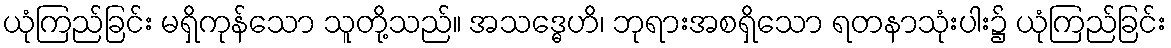
ယုံကြည်ခြင်း မရှိကုန်သော သူတို့သည်။ အသဒ္ဓေဟိ၊ ဘုရားအစရှိသော ရတနာသုံးပါး၌ ယုံကြည်ခြင်း